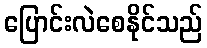
ပြောင်းလဲစေနိုင်သည်